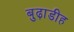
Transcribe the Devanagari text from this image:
बुढ़ाडीह